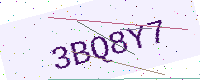
Text: 3BQ8Y7